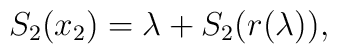
S_2(x_2) =  \lambda + S_2(r(\lambda)),